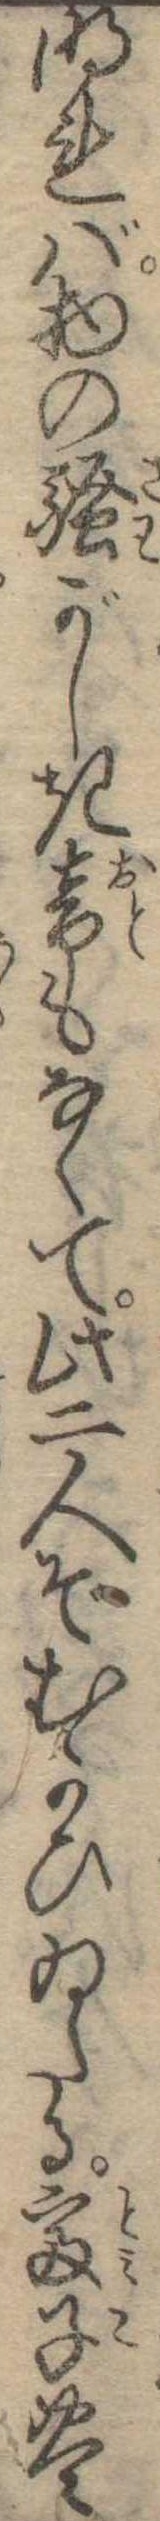
明れば物の騒がしき音もなくて此二人ぞむかひゐたる富子豊